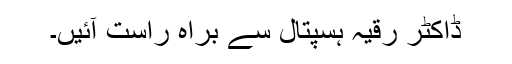
ڈاکٹر رقیہ ہسپتال سے براہ راست آئیں۔